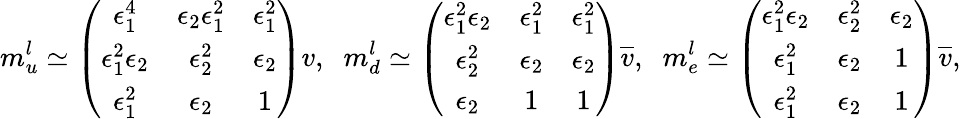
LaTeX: m_{u}^{l}\simeq\left(\begin{array}{ccc}{{\epsilon_{1}^{4}}}&{{\epsilon_{2}\epsilon_{1}^{2}}}&{{\epsilon_{1}^{2}}}\\ {{\epsilon_{1}^{2}\epsilon_{2}}}&{{\epsilon_{2}^{2}}}&{{\epsilon_{2}}}\\ {{\epsilon_{1}^{2}}}&{{\epsilon_{2}}}&{{1}}\end{array}\right)v,\; \; m_{d}^{l}\simeq\left(\begin{array}{ccc}{{\epsilon_{1}^{2}\epsilon_{2}}}&{{\epsilon_{1}^{2}}}&{{\epsilon_{1}^{2}}}\\ {{\epsilon_{2}^{2}}}&{{\epsilon_{2}}}&{{\epsilon_{2}}}\\ {{\epsilon_{2}}}&{{1}}&{{1}}\end{array}\right)\overline{{{v}}},\; \; m_{e}^{l}\simeq\left(\begin{array}{ccc}{{\epsilon_{1}^{2}\epsilon_{2}}}&{{\epsilon_{2}^{2}}}&{{\epsilon_{2}}}\\ {{\epsilon_{1}^{2}}}&{{\epsilon_{2}}}&{{1}}\\ {{\epsilon_{1}^{2}}}&{{\epsilon_{2}}}&{{1}}\end{array}\right)\overline{{{v}}},\; \;